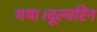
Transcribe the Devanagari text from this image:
गया।वूल्वरिन